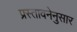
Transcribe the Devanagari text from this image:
प्रस्तावनेनुसार